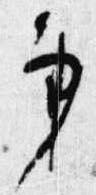
秉